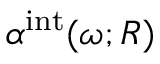
\alpha ^ { \mathrm { i n t } } ( \omega ; R )